Sketch of the medical history of the native army of Bombay, for the year
Year: 1875
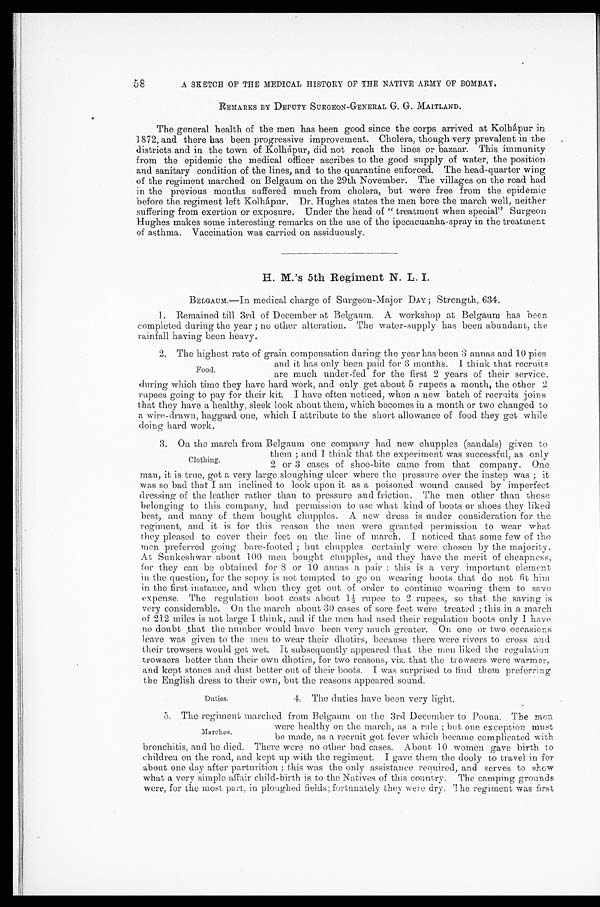
5 8
A SKETCH OF THE MEDICAL HISTORY OF THE NATIVE ARMY OF BOMBAY.
REMARKS BY DEPUTY SURGEON-GENERAL G. G. MAITLAND.
The general health of the men has been good since the corps arrived at Kolhápur in
1872, and there has been progressive improvement. Cholera, though very prevalent in the
districts and in the town of Kolhápur, did not reach the lines or bazaar. This immunity
from the epidemic the medical officer ascribes to the good supply of water, the position
and sanitary condition of the lines, and to the quarantine enforced. The head-quarter wing
of the regiment marched on Belgaum on the 29th November. The villages on the road had
in the previous months suffered much from cholera, but were free from the epidemic
before the regiment left Kolhápur. Dr. Hughes states the men bore the march well, neither
suffering from exertion or exposure. Under the head of "treatment when special" Surgeon
Hughes makes some interesting remarks on the use of the ipecacuanha-spray in the treatment
of asthma. Vaccination was carried on assiduously.
H. M.'s 5th Regiment N. L. I.
BELGAUM.—In medical charge of Surgeon-Major DAY; Strength, 634.
1. Remained till 3rd of December at Belgaum. A workshop at Belgaum has been
completed during the year; no other alteration. The water-supply has been abundant, the
rainfall having been heavy.
2. The highest rate of grain compensation during the year has been 3 annas and 10 pies
and it has only been paid for 3 months. I think that recruits
are much under-fed for the first 2 years of their service,
during which time they have hard work, and only get about 5 rupees a month, the other 2
rupees going to pay for their kit. I have often noticed, when a new batch of recruits joins
that they have a healthy, sleek look about them, which becomes in a month or two changed to
a wire-drawn, haggard one, which I attribute to the short allowance of food they get while
doing hard work.
3. On the march from Belgaum one company had new chupples (sandals) given to
them; and I think that the experiment was successful, as only
2 or 3 cases of shoe-bite came from that company. One
man, it is true, got a very large sloughing ulcer where the pressure over the instep was; it
was so bad that I am inclined to look upon it as a poisoned wound caused by imperfect
dressing of the leather rather than to pressure and friction. The men other than those
belonging to this company, had permission to use what kind of boots or shoes they liked
best, and many of them bought chupples. A new dress is under consideration for the
regiment, and it is for this reason the men were granted permission to wear what
they pleased to cover their feet on the line of march. I noticed that some few of the
men preferred going bare-footed; but chupples certainly were chosen by the majority.
At Sunkeshwar about 100 men bought chupples, and they have the merit of cheapness,
for they can be obtained for 8 or 10 annas a pair: this is a very important element
in the question, for the sepoy is not tempted to go on wearing boots that do not fit him
in the first instance, and when they get out of order to continue wearing them to save
expense. The regulation boot costs about 1½ rupee to 2 rupees, so that the saving is
very considerable. On the march about 30 cases of sore feet were treated; this in a march
of 212 miles is not large I think, and if the men had used their regulation boots only I have
no doubt that the number would have been very much greater. On one or two occasions
leave was given to the men to wear their dhotirs, because there were rivers to cross and
their trowsers would get wet. It subsequently appeared that the men liked the regulation
trowsers better than their own dhotirs, for two reasons, viz. that the trowsers were warmer,
and kept stones and dust better out of their boots. I was surprised to find them preferring
the English dress to their own, but the reasons appeared sound.
4. The duties have been very light.
5. The regiment marched from Belgaum on the 3rd December to Poona. The men
were healthy on the march, as a rule; but one exception must
be made, as a recruit got fever which became complicated with
bronchitis, and he died. There were no other bad cases. About 10 women gave birth to
children on the road, and kept up with the regiment. I gave them the dooly to travel in for
about one day after parturition; this was the only assistance required, and serves to show
what a very simple affair child-birth is to the Natives of this country. The camping grounds
were, for the most part, in ploughed fields; fortunately they were dry. The regiment was first
Food.
Clothing.
Duties.
Marches.